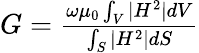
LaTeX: \begin{array}{r}{G=\frac{\omega\mu_{0}\int_{V}|H^{2}|dV}{\int_{S}|H^{2}|dS}}\end{array}